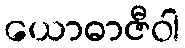
ယောဓာဇီဝါ